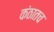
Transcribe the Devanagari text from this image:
कंठातच